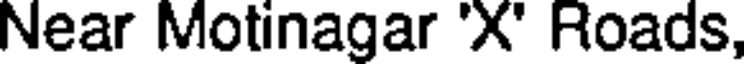
Near Motinagar 'X' Roads,